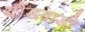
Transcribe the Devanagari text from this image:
दौंडवाडी